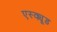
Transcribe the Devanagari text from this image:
एस्क्यूड